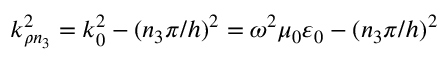
k _ { \rho n _ { 3 } } ^ { 2 } = k _ { 0 } ^ { 2 } - ( n _ { 3 } \pi / h ) ^ { 2 } = \omega ^ { 2 } \mu _ { 0 } \varepsilon _ { 0 } - ( n _ { 3 } \pi / h ) ^ { 2 }